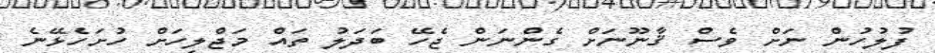
ފުލުހުން ނަށް ވެސް ޤާނޫނަށް ގެންނަން ޖެހޭ ބަދަލު ތައް މަޖްލިހަށް ހުށަހެޅޭނެ